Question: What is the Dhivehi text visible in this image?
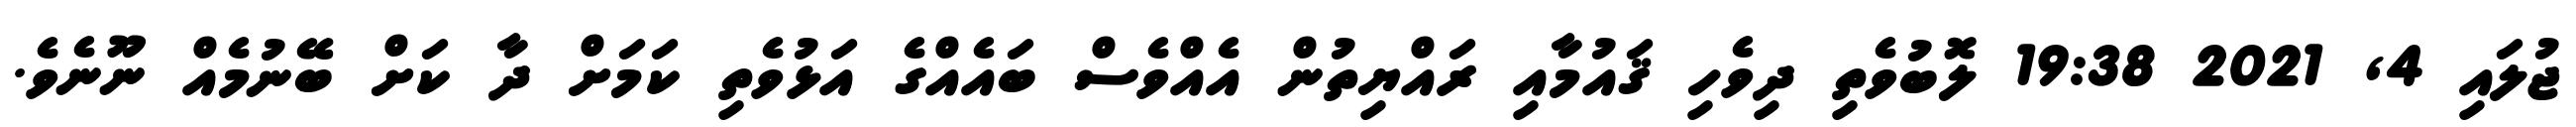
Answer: ޖުލައި 4, 2021 19:38 ލޮބުވެތި ދިވެހި ޤައުމާއި ރައްޔިތުން އެއްވެސް ބައެއްގެ އަޅުވެތި ކަމަށް ދާ ކަށް ބޭނުމެއް ނޫނެވެ.